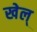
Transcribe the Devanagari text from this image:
खेल्